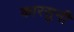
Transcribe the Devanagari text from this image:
कारसुनी